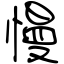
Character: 慢